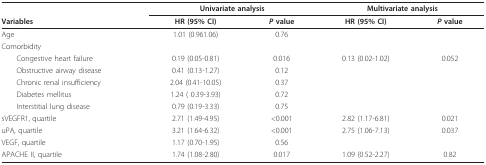
|  | <COLSPAN=2> Univariate analysis | <COLSPAN=2> Multivariate analysis |
 | Variables | HR (95% CI) | P value | HR (95% CI) | P value |
 | --- | --- | --- | --- | --- |
 | Age | 1.01 (0.961.06) | 0.76 |  |  |
 | Comorbidity |  |  |  |  |
 | Congestive heart failure | 0.19 (0.05-0.81) | 0.016 | 0.13 (0.02-1.02) | 0.052 |
 | Obstructive airway disease | 0.41 (0.13-1.27) | 0.12 |  |  |
 | Chronic renal insufficiency | 2.04 (0.41-10.05) | 0.37 |  |  |
 | Diabetes mellitus | 1.24 ( 0.39-3.93) | 0.72 |  |  |
 | Interstitial lung disease | 0.79 (0.19-3.33) | 0.75 |  |  |
 | sVEGFR1, quartile | 2.71 (1.49-4.95) | <0.001 | 2.82 (1.17-6.81) | 0.021 |
 | uPA, quartile | 3.21 (1.64-6.32) | <0.001 | 2.75 (1.06-7.13) | 0.037 |
 | VEGF, quartile | 1.17 (0.70-1.95) | 0.56 |  |  |
 | APACHE II, quartile | 1.74 (1.08-2.80) | 0.017 | 1.09 (0.52-2.27) | 0.82 |